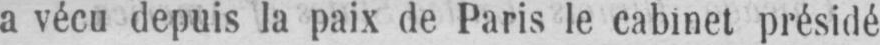
a vécu depuis la paix de Paris le cabinet présidé